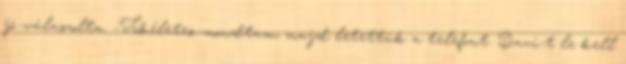
jó.-válaszolta. -Tökéletes.-mondtam, majd letettük a telefont. Davi-t le kell